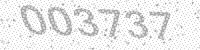
Solution: 003737